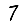
Digit: 7